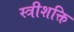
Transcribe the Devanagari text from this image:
स्त्रीशक्ति